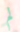
لم